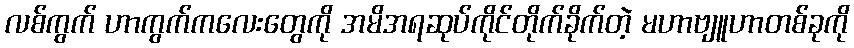
လစ်ကွက် ဟာကွက်ကလေးတွေကို အမိအရဆုပ်ကိုင်တိုက်ခိုက်တဲ့ မဟာဗျူဟာတစ်ခုကို